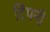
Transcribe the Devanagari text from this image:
टिंपनी